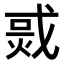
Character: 𤉨